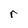
Character: r